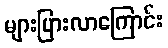
များပြားလာကြောင်း